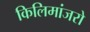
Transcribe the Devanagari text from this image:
किलिमांजरो